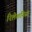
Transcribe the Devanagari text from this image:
रिलेशनिस्ट